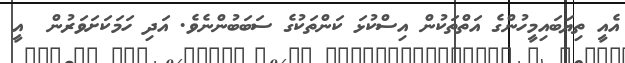
އެއީ ތިޔަބައިމީހުންގެ އަތްތަކުން އިސްކުޅަ ކަންތަކުގެ ސަބަބުންނެވެ. އަދި ހަމަކަށަވަރުން  އީ